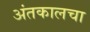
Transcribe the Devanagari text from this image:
अंतकालचा